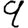
Digit: 9